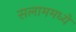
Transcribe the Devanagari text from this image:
सलाममध्ये